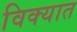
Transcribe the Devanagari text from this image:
विक्यात